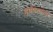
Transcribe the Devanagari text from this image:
हाणितलेया